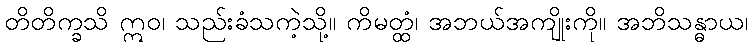
တိတိက္ခသိ ဣဝ၊ သည်းခံသကဲ့သို့။ ကိမတ္ထံ၊ အဘယ်အကျိုးကို။ အဘိသန္ဓာယ၊